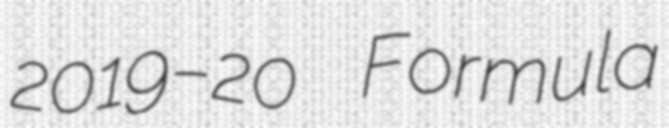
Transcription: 2019–20 Formula